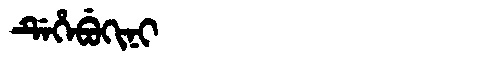
Manchu: ᡩᡝᡥᡝᠪᡠᡴᡳᠨᡳ
Romanization: DEHEBUKINI